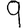
Digit: 9